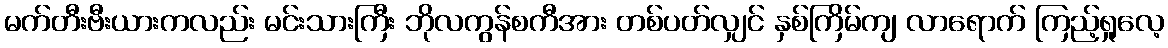
မက်တီးဗီးယားကလည်း မင်းသားကြီး ဘိုလကွန်စကီအား တစ်ပတ်လျှင် နှစ်ကြိမ်ကျ လာရောက် ကြည့်ရှုလေ့